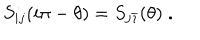
S _ { i j } ( i \pi - \theta ) = S _ { j \bar { \imath } } ( \theta ) \; .